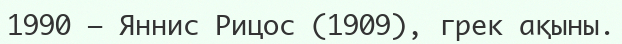
1990 — Яннис Рицос (1909), грек ақыны.